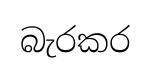
බැරකර